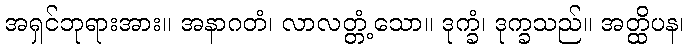
အရှင်ဘုရားအား။ အနာဂတံ၊ လာလတ္တံ့သော။ ဒုက္ခံ၊ ဒုက္ခသည်။ အတ္ထိပန၊